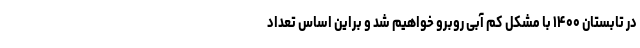
در تابستان ۱۴۰۰ با مشکل کم آبی روبرو خواهیم شد و براین اساس تعداد